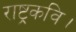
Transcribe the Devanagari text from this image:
राष्ट्रकवि।